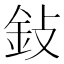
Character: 鈙